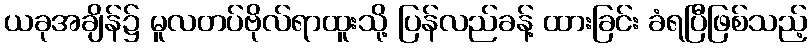
ယခုအချိန်၌ မူလတပ်ဗိုလ်ရာထူးသို့ ပြန်လည်ခန့် ထားခြင်း ခံရပြီဖြစ်သည့်